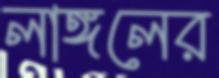
লাঙ্গলের